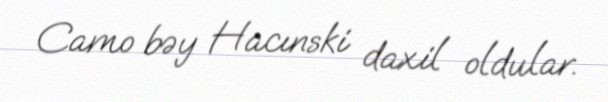
Camo bəy Hacınski daxil oldular.